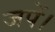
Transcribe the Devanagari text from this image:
जपें।